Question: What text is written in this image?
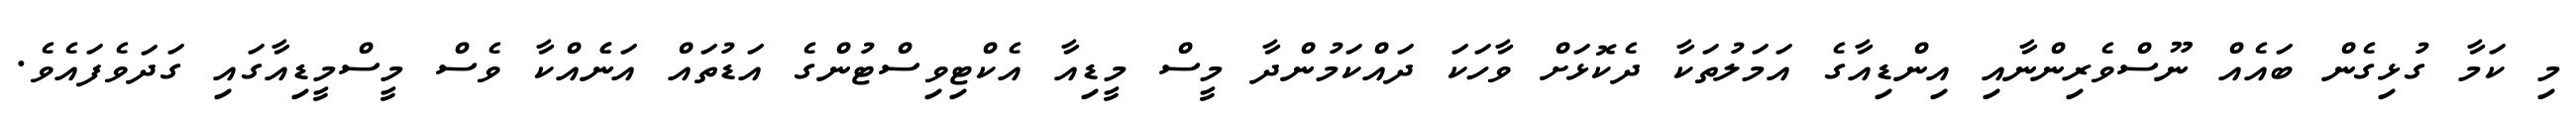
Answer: މި ކަމާ ގުޅިގެން ބައެއް ނޫސްވެރިންނާއި އިންޑިއާގެ އަމަލުތަކާ ދެކޮޅަށް ވާހަކަ ދައްކަމުންދާ މީސް މީޑިއާ އެކްޓިވިސްޓުންގެ އަޑުތައް އަނެެއްކާ ވެސް މީސްމީޑިއާގައި ގަދަވެފައެވެ.